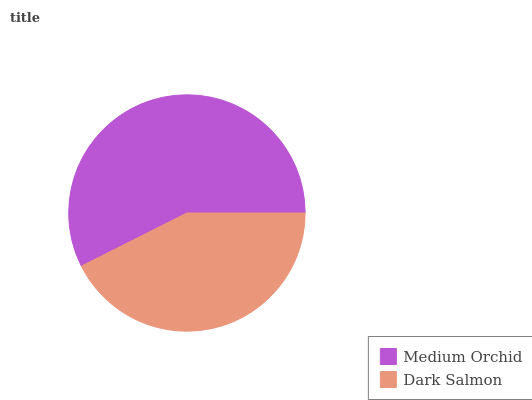
| Medium Orchid | Dark Salmon |
 | --- | --- |
 | 57.4% | 42.6% |